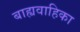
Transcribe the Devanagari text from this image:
बाह्यवाहिका